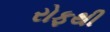
રોફથી